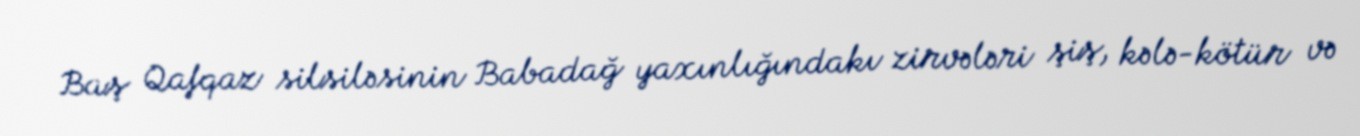
Baş Qafqaz silsiləsinin Babadağ yaxınlığındakı zirvələri şiş, kələ-kötür və